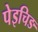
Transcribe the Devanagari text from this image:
पेइचिङ